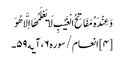
وَعِنْدَهُ مَفَاتِحُ الْغَیْبِ لَا یَعْلَمُهَا اِلَّا هُوَ ‌
[۴] انعام/سوره۶، آیه۵۹۔